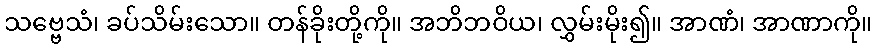
သဗ္ဗေသံ၊ ခပ်သိမ်းသော။ တန်ခိုးတို့ကို။ အဘိဘဝိယ၊ လွှမ်းမိုး၍။ အာဏံ၊ အာဏာကို။